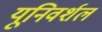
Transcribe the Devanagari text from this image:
यूनिवर्शल